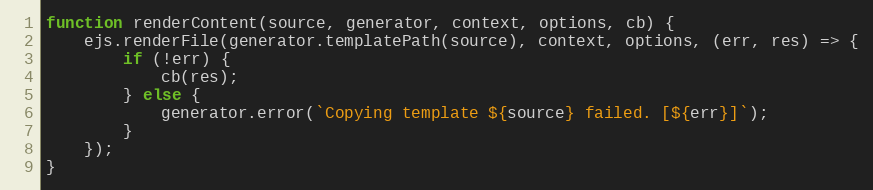
Language: JavaScript
function renderContent(source, generator, context, options, cb) {
    ejs.renderFile(generator.templatePath(source), context, options, (err, res) => {
        if (!err) {
            cb(res);
        } else {
            generator.error(`Copying template ${source} failed. [${err}]`);
        }
    });
}